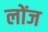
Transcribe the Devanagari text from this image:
लोंज